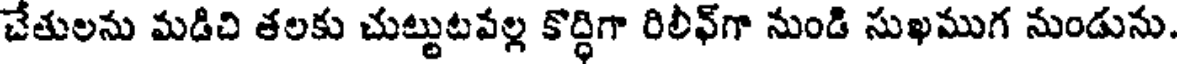
చేతులను మడిచి తలకు చుట్టుటవల్ల కొద్ధిగా రిలీఫ్గా నుండి సుఖముగ నుండును.